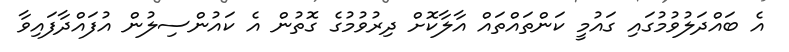
އެ ބައްދަލުވުމުގައި ގައުމީ ކަންތައްތައް އާލާކޮށް ދިރުވުމުގެ ގޮތުން އެ ކައުންސިލުން އުފައްދާފައިވާ